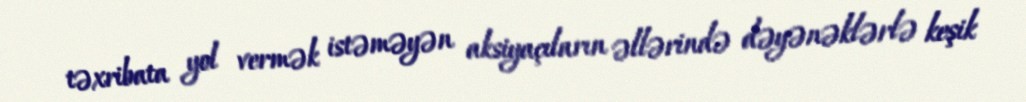
təxribata yol vermək istəməyən aksiyaçıların əllərində dəyənəklərlə keşik